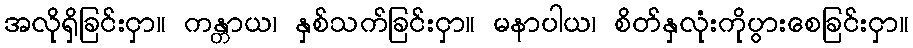
အလိုရှိခြင်းငှာ။ ကန္တာယ၊ နှစ်သက်ခြင်းငှာ။ မနာပါယ၊ စိတ်နှလုံးကိုပွားစေခြင်းငှာ။